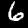
Digit: 6